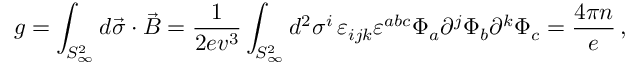
g = \int _ { S _ { \infty } ^ { 2 } } d \vec { \sigma } \cdot \vec { B } = \frac { 1 } { 2 e v ^ { 3 } } \int _ { S _ { \infty } ^ { 2 } } d ^ { 2 } \sigma ^ { i } \, \varepsilon _ { i j k } \varepsilon ^ { a b c } \Phi _ { a } \partial ^ { j } \Phi _ { b } \partial ^ { k } \Phi _ { c } = \frac { 4 \pi n } { e } \, ,